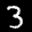
Label: 3